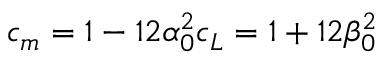
c _ { m } = 1 - 1 2 \alpha _ { 0 } ^ { 2 } c _ { L } = 1 + 1 2 \beta _ { 0 } ^ { 2 }